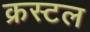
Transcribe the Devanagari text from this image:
क्रस्टल